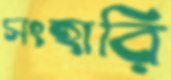
সংহারি